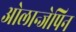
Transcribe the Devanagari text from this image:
ओलान्जेपिन